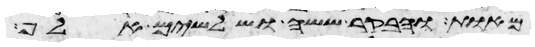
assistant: מאות ובקר ששה ושלשים אלף